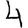
Digit: 4